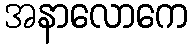
အနာလောကေ